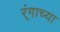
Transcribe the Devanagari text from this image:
र्ंगाच्या